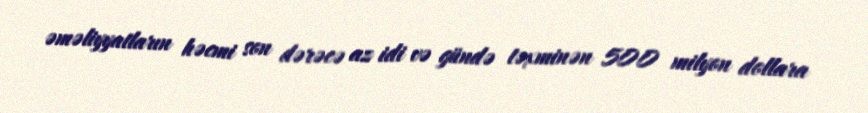
əməliyyatların həcmi son dərəcə az idi və gündə təxminən 500 milyon dollara